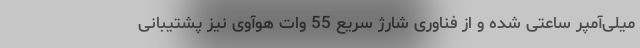
میلی‌آمپر ساعتی شده و از فناوری شارژ سریع 55 وات هوآوی نیز پشتیبانی